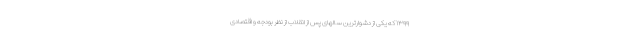
۱۳۹۹ که یکی از دشوارترین سالهای پس از انقلاب از نظر بودجه و اقتصادی